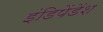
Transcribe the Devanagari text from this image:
इंडिपेंडेंश